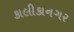
કાલીકાનગર